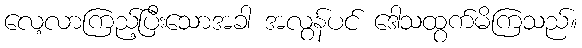
လေ့လာကြည့်ပြီးသောအခါ အလွန်ပင် ဒေါသထွက်မိကြသည်။